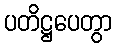
ပတိဋ္ဌပေတွာ